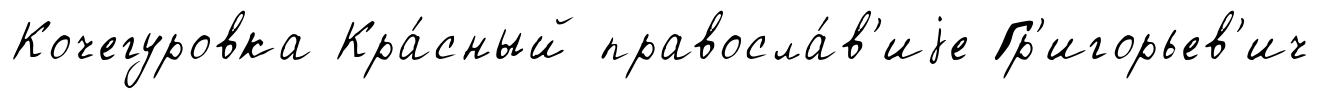
Кочегуровка Кра́сный правосла́в'иjе Гр'игорьев'ич